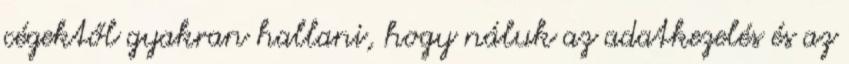
cégektől gyakran hallani, hogy náluk az adatkezelés és az